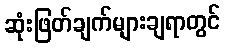
ဆုံးဖြတ်ချက်များချရာတွင်